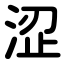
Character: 涩